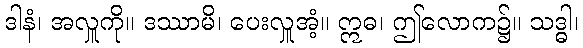
ဒါနံ၊ အလှူကို။ ဒဿာမိ၊ ပေးလှူအံ့။ ဣဓ၊ ဤလောက၌။ သဒ္ဓါ၊